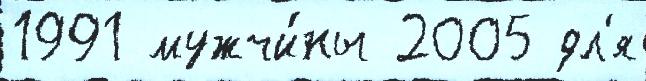
1991 мужчи́ны 2005 дл'я